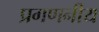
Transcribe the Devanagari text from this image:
प्रगणनीय